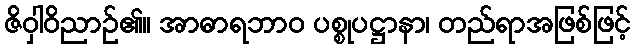
ဇိဝှါဝိညာဉ်၏။ အာဓာရဘာဝ ပစ္စုပဋ္ဌာနာ၊ တည်ရာအဖြစ်ဖြင့်